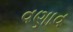
વણાવ